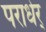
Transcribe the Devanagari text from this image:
पराधेर्